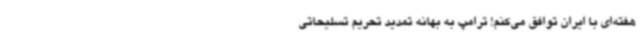
هفته‌ای با ایران توافق می‌کنم! ترامپ به بهانه تمدید تحریم تسلیحاتی